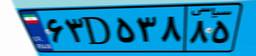
۶۳D۵۳۸۸۵